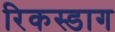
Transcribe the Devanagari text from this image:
रिकस्डाग